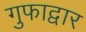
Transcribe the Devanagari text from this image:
गुफाद्वार